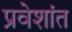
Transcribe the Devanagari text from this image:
प्रवेशांत